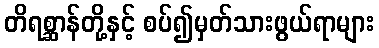
တိရစ္ဆာန်တို့နှင့် စပ်၍မှတ်သားဖွယ်ရာများ